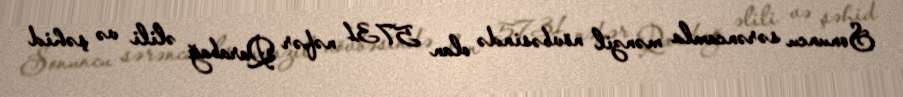
Sonuncu sərəncamla mənzil növbəsində olan 5731 nəfər Qarabağ əlili və şəhid